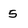
Character: 5